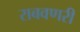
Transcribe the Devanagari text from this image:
राबवणरी